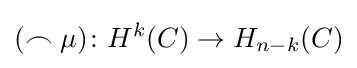
(\frown \mu )\colon H^{k}(C)\to H_{n-k}(C)